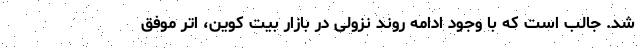
شد. جالب است که با وجود ادامه روند نزولی در بازار بیت کوین، اتر موفق